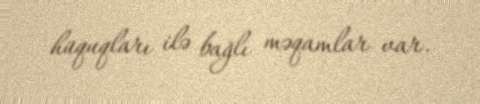
hüquqları ilə bağlı məqamlar var.